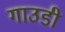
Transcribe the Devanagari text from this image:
गाउडी